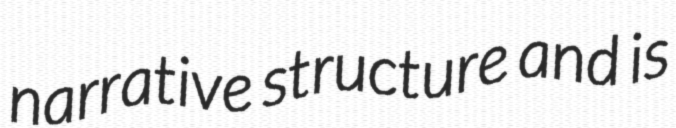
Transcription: narrative structure and is